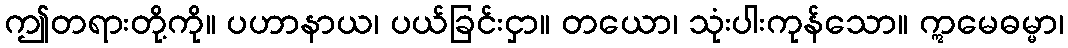
ဤတရားတို့ကို။ ပဟာနာယ၊ ပယ်ခြင်းငှာ။ တယော၊ သုံးပါးကုန်သော။ ဣမေဓမ္မာ၊